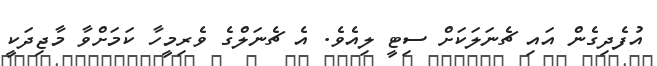
އުފެދިގެން އައި ޗެނަލަކަށް ސިޓީ ލިއެވެ. އެ ޗެނަލްގެ ވެރިމީހާ ކަމަށްވާ މާޖިދަކީ